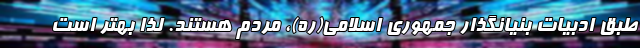
طبق ادبیات بنیانگذار جمهوری اسلامی(ره)، مردم هستند. لذا بهتر است